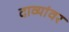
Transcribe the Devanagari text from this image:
दाव्यांवर